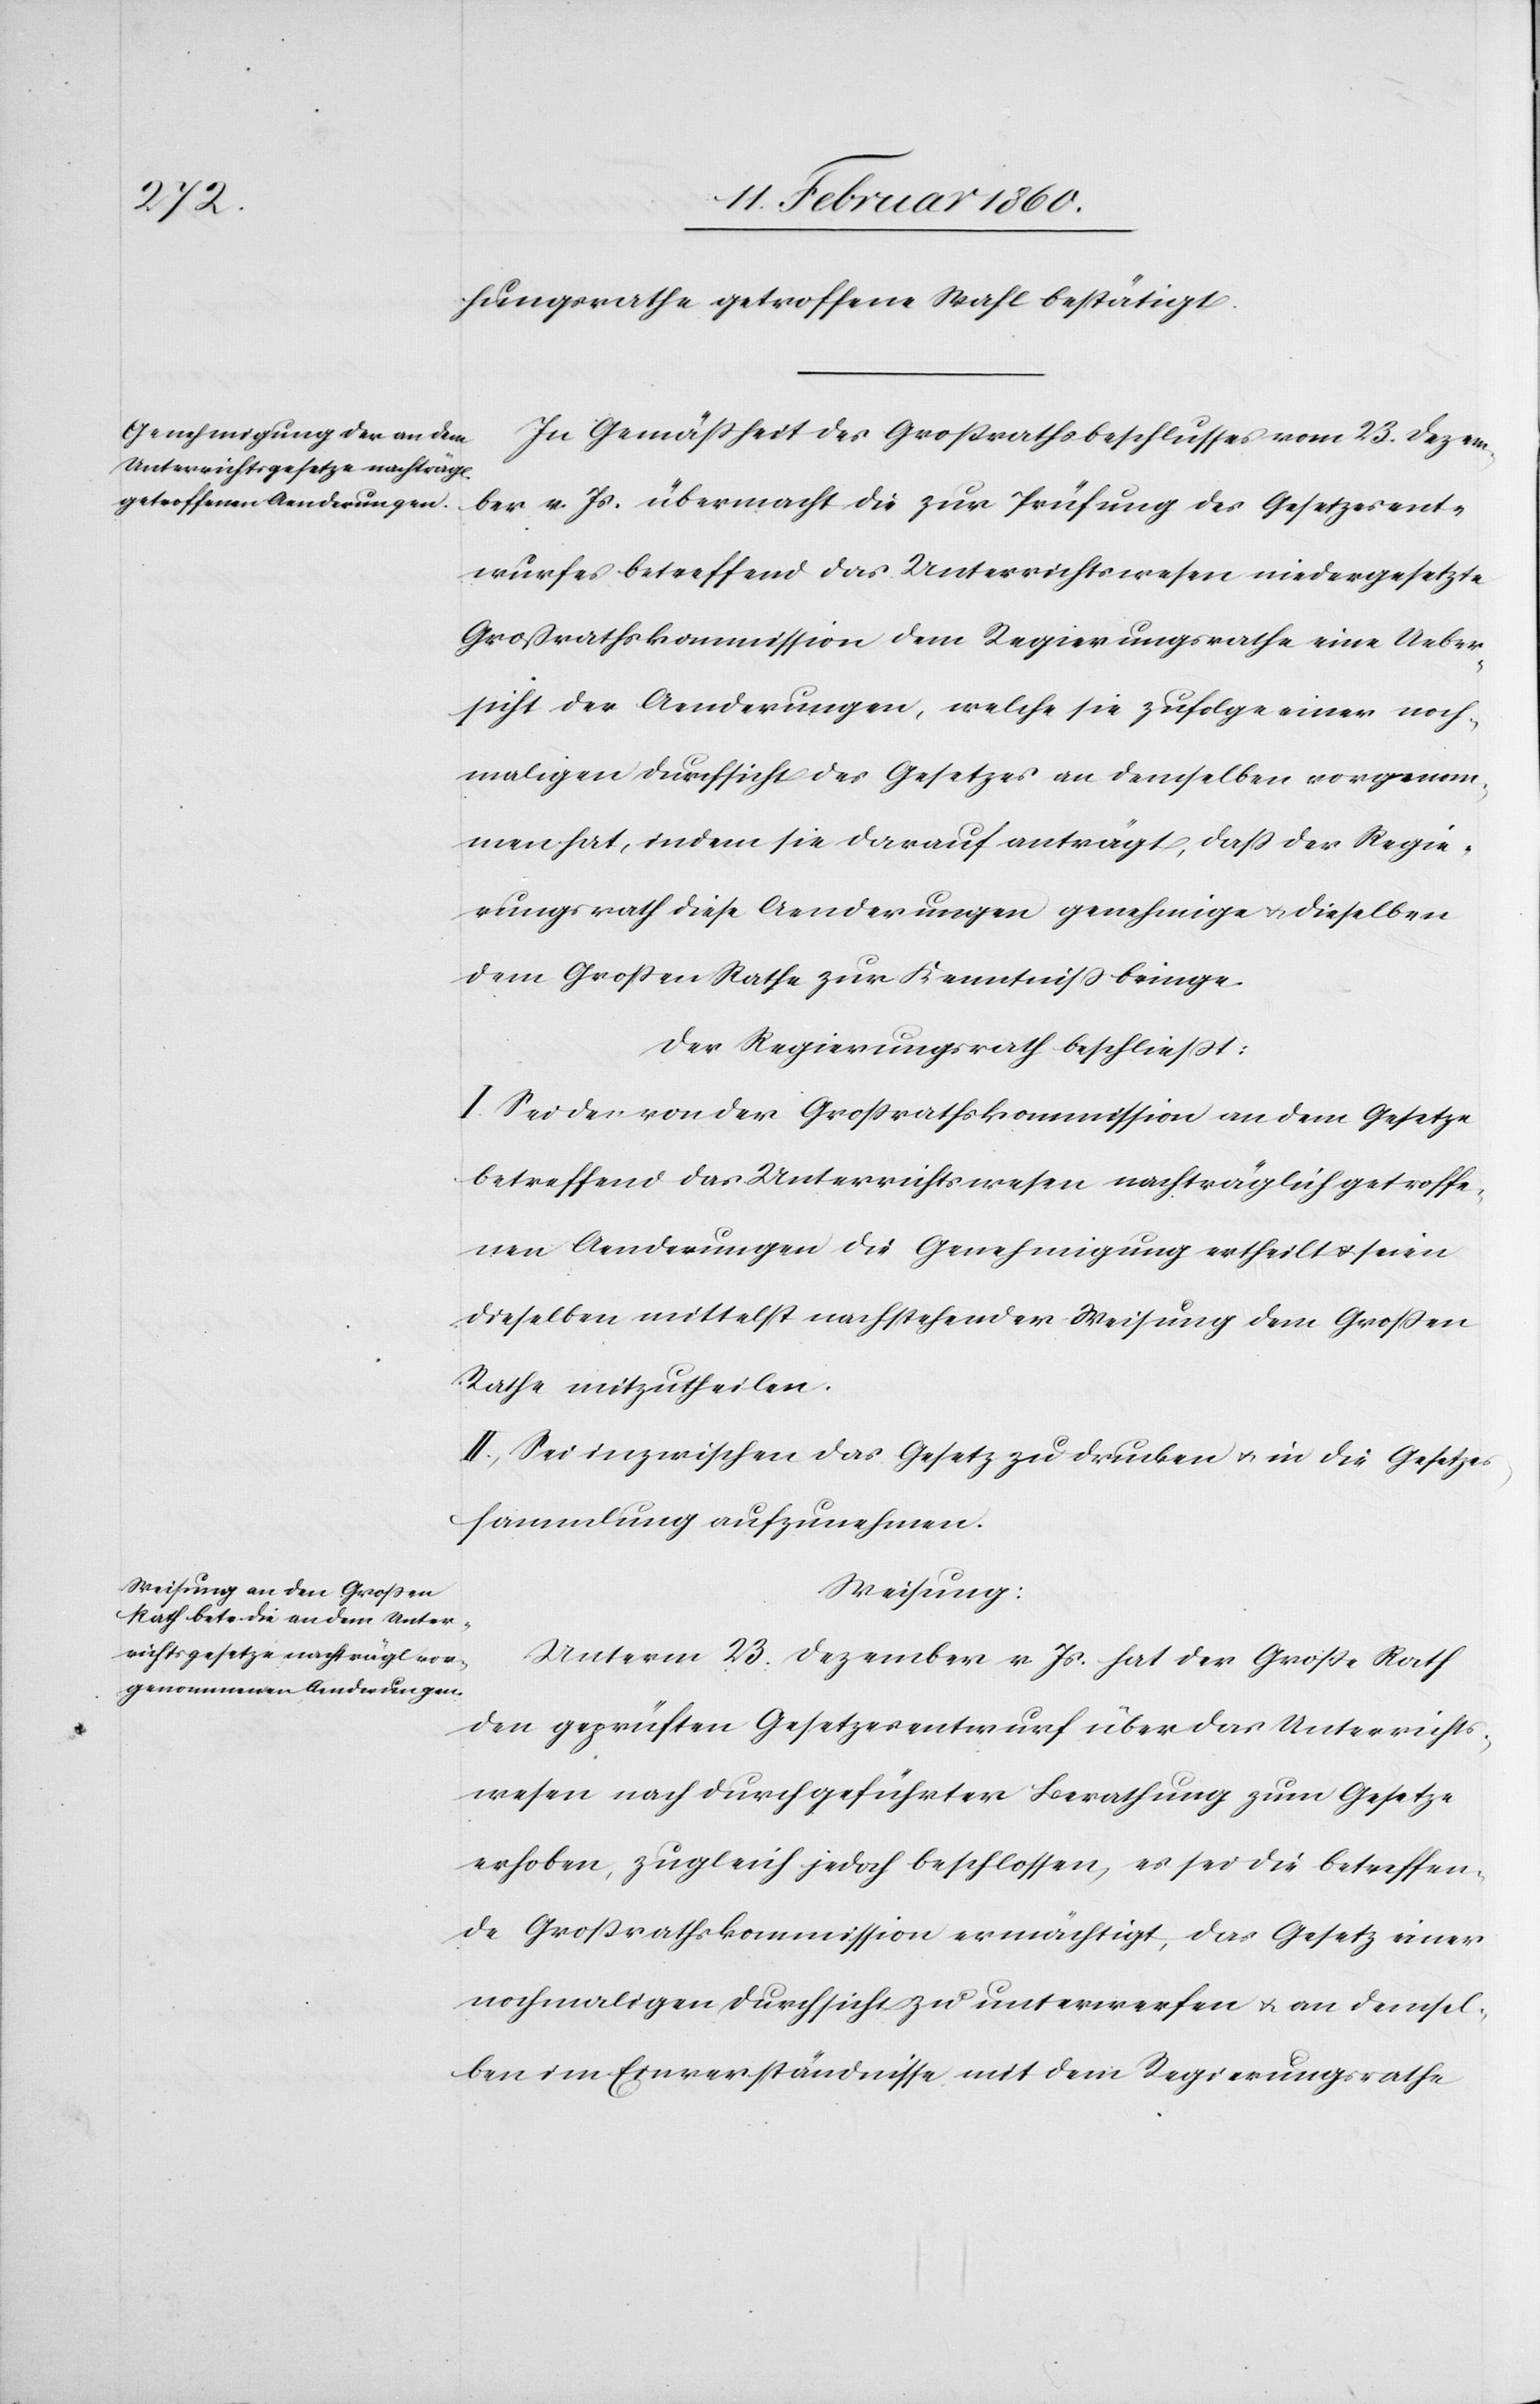
hungsrathe getroffene Wahl bestätigt.
In Gemässheit des Grossrathsbeschlusses vom 23. Dezem¬
ber v. Js. übermacht die zur Prüfung des Gesetzesent¬
wurfes betreffend das Unterrichtswesen niedergesetzte
Grossrathskommission dem Regierungsrathe eine Ueber¬
sicht der Aenderungen, welche sie zufolge einer noch¬
maligen Durchsicht des Gesetzes an demselben vorgenom¬
men hat, indem sie darauf anträgt, dass der Regie¬
rungsrath diese Aenderungen genehmige u. dieselben
dem Grossen Rathe zur Kenntniß bringe.
Der Regierungsrath beschliesst:
I. Sei den von der Grossrathskommission an dem Gesetze
betreffend das Unterrichtswesen nachträglich getroffe¬
nen Aenderungen die Genehmigung ertheilt u. seien
dieselben mittelst nachstehender Weisung dem Grossen
Rathe mitzutheilen.
II. Sei inzwischen das Gesetz zu drucken u. in die Gesetzes¬
sammlung aufzunehmen.
Weisung:
Unterm 23. Dezember v. Js. hat der Grosse Rath
den geprüften Gesetzesentwurf über das Unterrichts¬
wesen nach durchgeführter Berathung zum Gesetze
erhoben, zugleich jedoch beschlossen, es sei die betreffen¬
de Grossrathskommission ermächtigt, das Gesetz einer
nochmaligen Durchsicht zu unterwerfen u. an demsel¬
ben im Einverständnisse mit dem Regierungsrathe